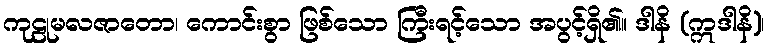
ကုဠုမလဇာတော၊ ကောင်းစွာ ဖြစ်သော ကြီးရင့်သော အပွင့်ရှိ၏။ ဒါနိ (ဣဒါနိ)၊